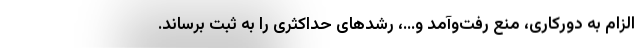
الزام به دورکاری، منع رفت‌وآمد و…، رشدهای حداکثری را به ثبت برساند.